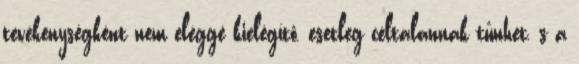
tevékenységként nem eléggé kielégítő, esetleg céltalannak tűnhet, s a